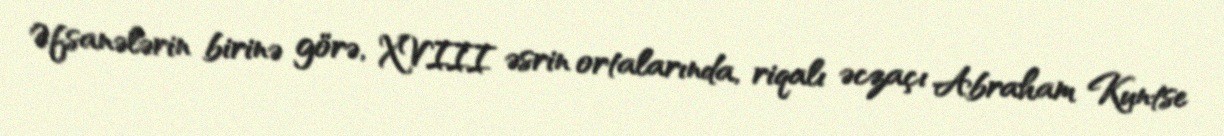
Əfsanələrin birinə görə, XVIII əsrin ortalarında, riqalı əczaçı Abraham Kuntse